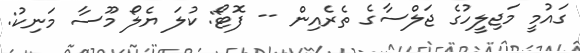
ގައުމީ މަޖިލީހުގެ ޖަލްސާގެ ތެރެއިން -- ފޮޓޯ: ކުލަ ޔެލޯ މޫސާ މަނިކު: